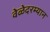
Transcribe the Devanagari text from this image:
वेळेदरम्यान